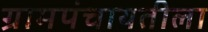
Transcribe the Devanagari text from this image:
ग्रामपंचायतीला